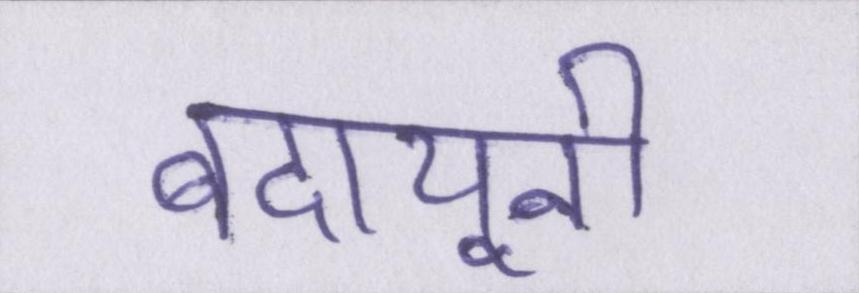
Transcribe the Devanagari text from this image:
बदायूनी